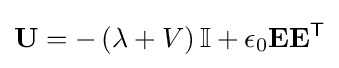
\mathbf {U} =-\left(\lambda +V\right)\mathbf {\mathbb {I} } +\epsilon _{0}\mathbf {E} \mathbf {E} ^{\textsf {T}}